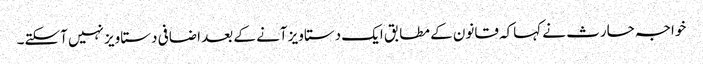
خواجہ حارث نے کہاکہ قانون کے مطابق ایک دستاویز آنے کے بعد اضافی دستاویز نہیں آسکتے۔